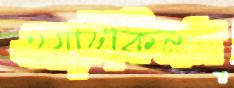
ওয়াটকিনস